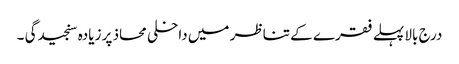
درج بالا پہلے فقرے کے تناظر میں داخلی محاذ پر زیادہ سنجیدگی ۔